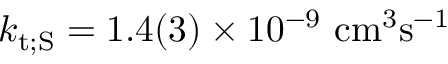
k _ { \mathrm { t ; S } } = 1 . 4 ( 3 ) \times 1 0 ^ { - 9 } ~ \mathrm { c m ^ { 3 } s ^ { - 1 } }